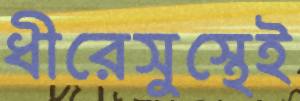
ধীরেসুস্থেই